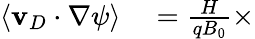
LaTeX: \begin{array}{rl}{\langle\mathbf{v}_{D}\cdot\nabla\psi\rangle}&{{}=\frac{H}{qB_{0}}\times}\end{array}